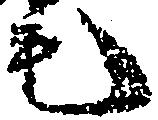
毛